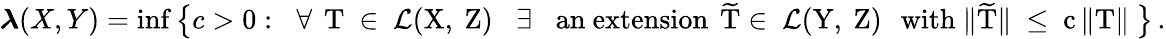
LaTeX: \begin{array}{r}{\boldsymbol{\lambda}(X,Y)=\operatorname*{inf}\big\{ c>0:\, \, \mathrm{~\forall\, ~T~\in~\mathcal{L}(X,~Z)~\, \, ~\exists~\, \, ~an~extension\, ~\widetilde{T}\in~\mathcal{L}(Y,~Z)~\, ~with~\| \widetilde{T}\| ~\leq~c\, \| T\| ~}\big\} \, .}\end{array}